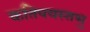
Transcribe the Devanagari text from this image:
कतिपयस्तभु